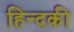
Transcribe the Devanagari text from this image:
हिन्दकी